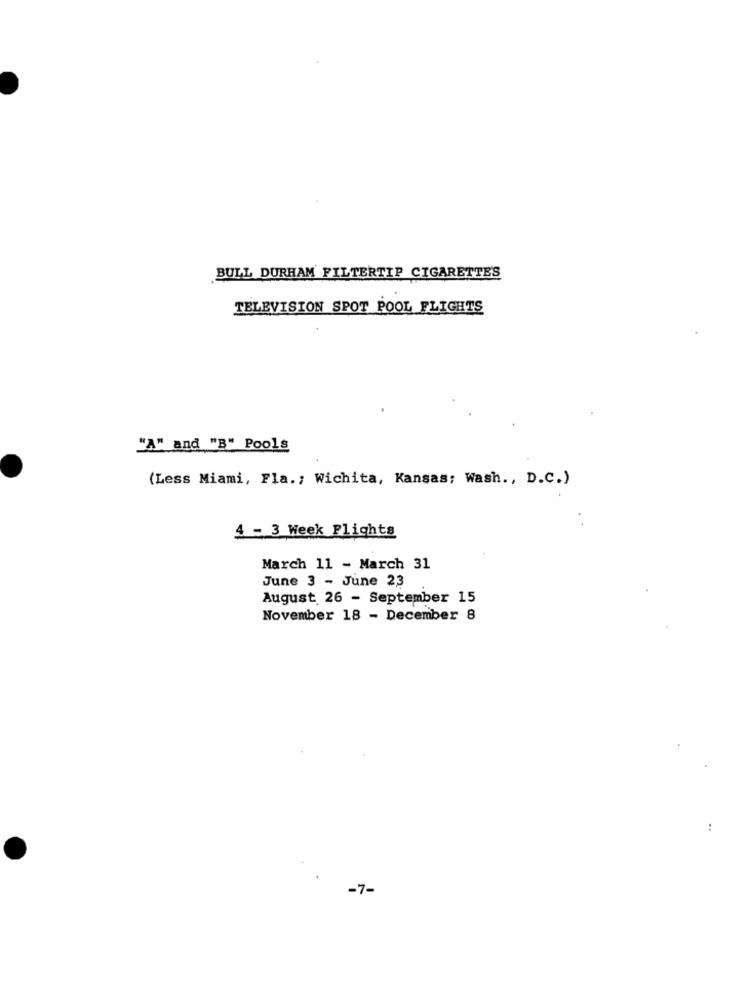
BULL DURHAM FILTERTIP CIGARETTES
TELEVISION SPOT POOL FLIGHTS
"A" and "B" Pools
(Less Miami, Fla .; Wichita, Kansas: Wash ., D.C.)
4 - 3 Week Flights
March 11 - March 31
June 3 - June 23
August 26 - September 15
November 18 - December 8
:
-7-